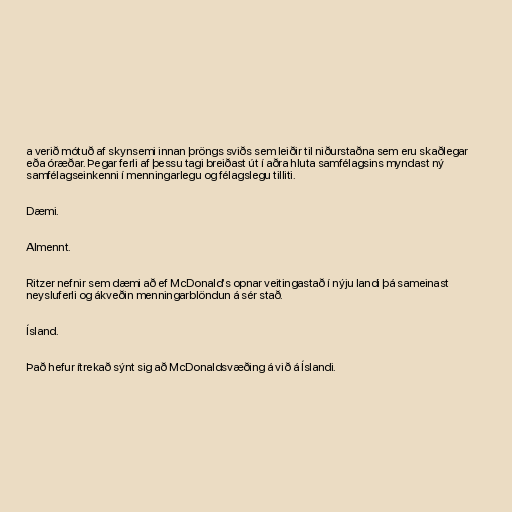
a verið mótuð af skynsemi innan þröngs sviðs sem leiðir til niðurstaðna sem eru skaðlegar
eða óræðar. Þegar ferli af þessu tagi breiðast út í aðra hluta samfélagsins myndast ný
samfélagseinkenni í menningarlegu og félagslegu tilliti.

Dæmi.

Almennt.

Ritzer nefnir sem dæmi að ef McDonald‘s opnar veitingastað í nýju landi þá sameinast
neysluferli og ákveðin menningarblöndun á sér stað.

Ísland.

Það hefur ítrekað sýnt sig að McDonaldsvæðing á við á Íslandi.